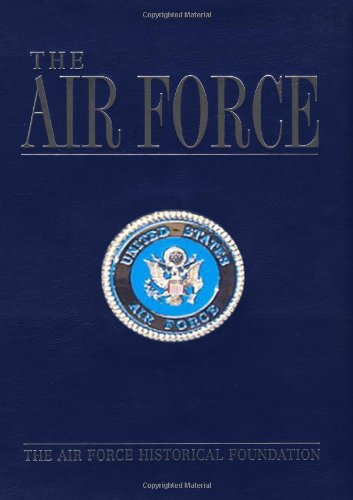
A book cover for Air Force (U.S. Military Series); Arts & Photography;